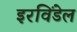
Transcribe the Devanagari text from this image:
इरविंडेल